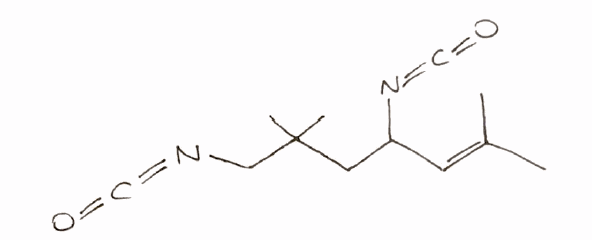
Simplified molecular-input line-entry system (SMILES) notation of the given molecule:
CC(=CC(CC(C)(C)CN=C=O)N=C=O)C